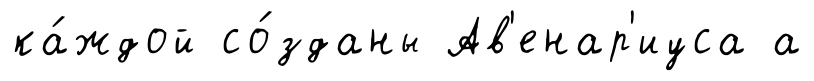
ка́ждой со́зданы Ав'енар'иуса а